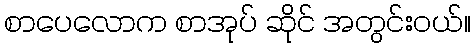
စာပေလောက စာအုပ် ဆိုင် အတွင်းဝယ်။